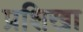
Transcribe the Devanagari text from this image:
प्रशिखा